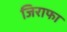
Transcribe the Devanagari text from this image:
जिराफा